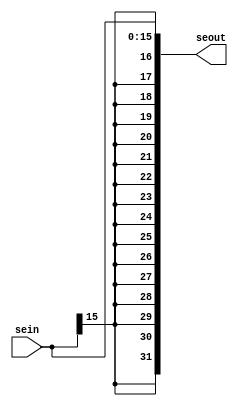
`timescale 1ns/1ns
module sign_extend(input[15:0] sein, output[31:0] seout);
  
  assign seout = {{16{sein[15]}}, sein};
  
endmodule